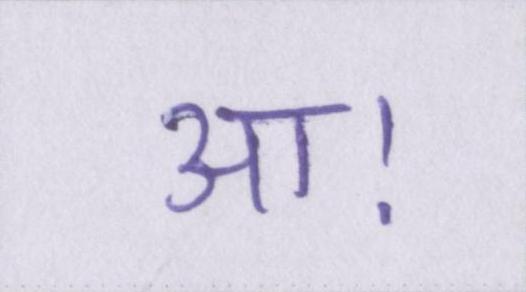
आ।